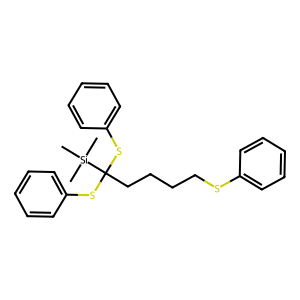
SMILES: C[Si](C)(C)C(CCCCSc1ccccc1)(Sc1ccccc1)Sc1ccccc1
Inhibits HIV replication: No